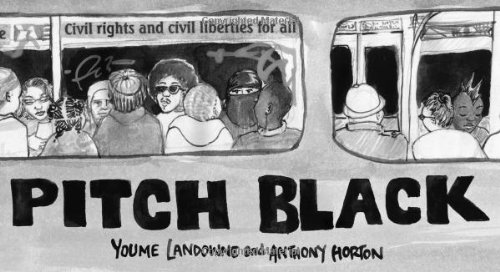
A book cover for Pitch Black; Comics & Graphic Novels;